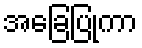
အခြေပြုကာ